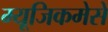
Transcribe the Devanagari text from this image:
म्यूजिकमेसे